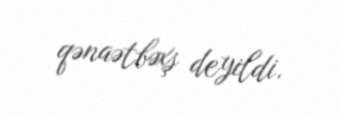
qənaətbəxş deyildi.